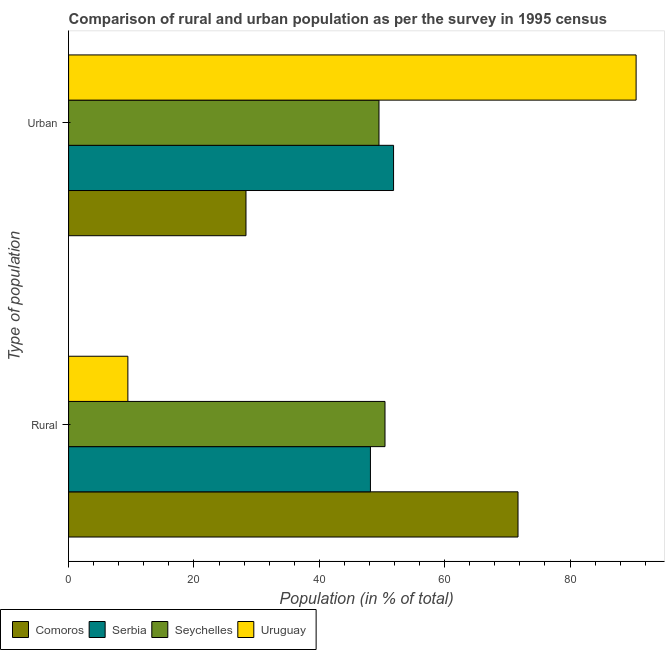
| Type of population | Comoros | Serbia | Seychelles | Uruguay |
 | --- | --- | --- | --- | --- |
 | Rural | 71.7 | 48.2 | 50.5 | 9.46 |
 | Urban | 28.3 | 51.8 | 49.5 | 90.5 |